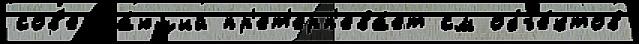
сов'ерша́ющий пр'ет'ерп'ева́ет см объе́ктов